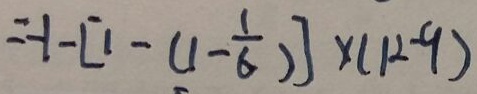
= - 1 - [ 1 - ( 1 - \frac { 1 } { 6 } ) ] \times ( 1 2 - 9 )